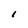
Character: 1